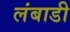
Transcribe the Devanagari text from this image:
लंबाडी